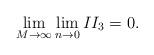
LaTeX: \begin{align*}\lim_{M\rightarrow\infty}\lim_{n\rightarrow 0} II_3 = 0 .\end{align*}